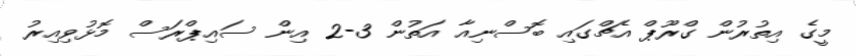
މީގެ އިތުރުން ގްރޫޕް އެޗްގައި ބޮސްނިއާ އަތުން 3-2 އިން ސައިޕްރަސް މޮޅުވިއިރު